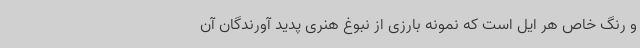
و رنگ خاص هر ایل است که نمونه بارزی از نبوغ هنری پدید آورندگان آن